Annual administration report of the Civil Veterinary Department, Ajmere-Merwara, British Rajputana - 1914-1940
Year: 1914
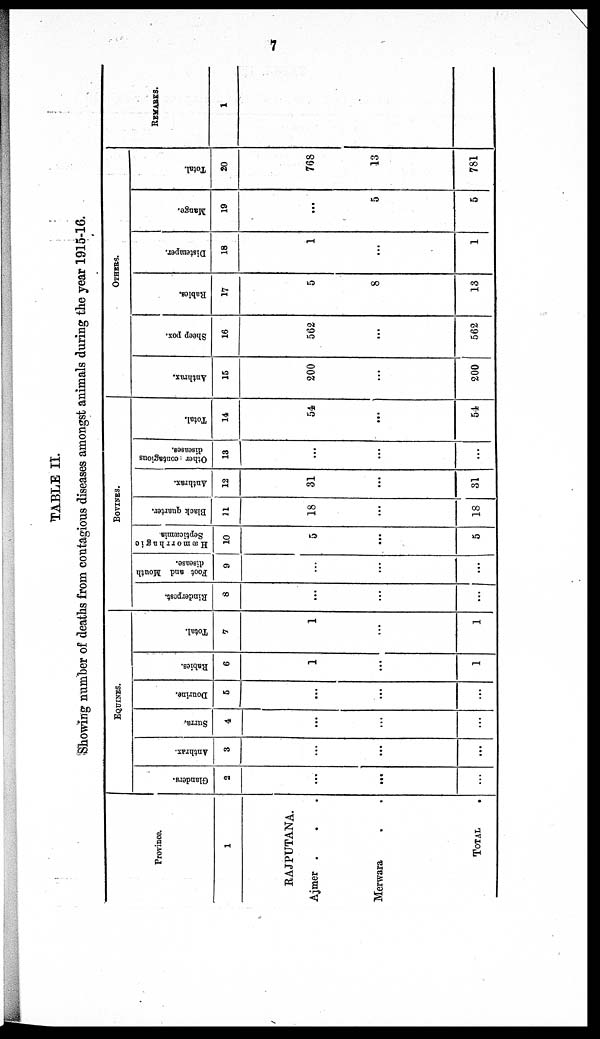
7
TABLE II.
Showing number of deaths from contagious diseases amongst animals during the year 1915-16.
Province.
1
RAJPUTANA.
Ajmer . . .
Merwara . .
TOTAL .
EQUINES.
Glanders.
2
...
...
...
Anthrax.
3
...
...
...
Surra.
4
...
...
...
Dourine.
5
...
...
...
Babies.
6
1
...
1
Total.
7
1
...
1
BOVINES.
Rinderpest.
8
...
...
...
Foot and Mouth
disease.
9
...
...
...
Hæmorrhagic
Septicæmia
10
5
...
5
Black quarter.
11
18
...
18
Anthrax.
12
31
...
31
Other contagious
diseases.
13
...
...
...
Total.
14
54
...
54
OTHERS.
Anthrax.
15
200
...
200
Sheep pox.
16
562
...
562
Rabies.
17
5
8
13
Distemper.
18
1
...
1
Mange.
19
...
5
5
Total.
20
768
13
781
REMARKS.
1